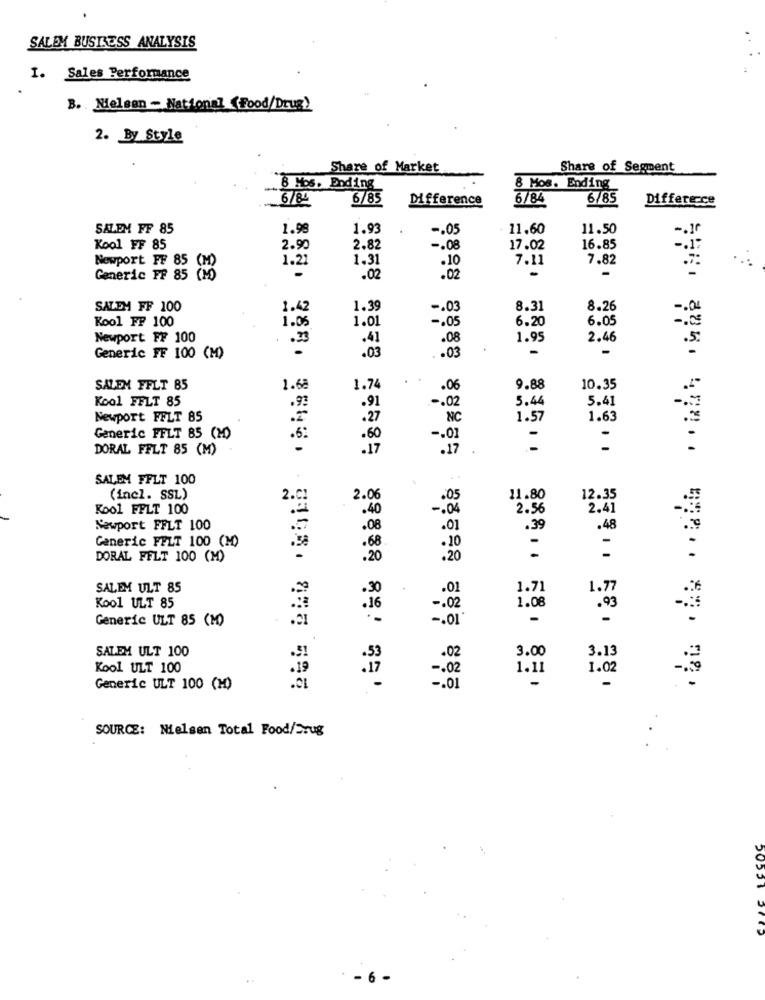
SALEM BUSINESS ANALYSIS
I. Sales Performance
B. Nielsen - National (Food/Drug)
2. By Style
Share of Market
Share of Segment
8 Mos. Ending
8 Mos. Ending
6/84
6/85
Difference
6/84
6/85
Difference
SALEM FF 85
1.99
1.93
-. 05
11,60
11.50
Kool FF 85
2.90
2.82
-. 08
17.02
16.85
1.21
1.31
.10
7.11
7.82
Newport FF 85
Generic PP 85 Co
.02
.02
-
SALEM FF 100
1.42
1.39
-. 03
8.31
8.26
Kool FP 100
1.01
6.20
6.05
1.05
-. 05
Newport FF 100
.23
.08
1.95
2.46
-
Generic FF 100 (M)
. . 03
SALEM FFLT 85
1.68
1.74
.06
9.88
10.35
Kool FFLT 85
.91
5.44
5.41
-. 02
Newport FFLT 85
.27
NC
1.57
1.63
Generic FFLT 85 (M)
.61
- . 0]
-
DORAL FELT 85 (M)
.17
SALEM FFLT 100
(incl. SSL)
2.0
2.06
.05
11.80
12.35
Kool FFLT 100
-. 04
2.56
2.41
Newport FFLT 100
.01
.39
.48
Generic FELT 100 (M)
. 10
-
DORAL FELT 100 (M)
.20
-
SALEM ULT 85
.30
1.71
1.77
1.08
Kool ULT 85
- . 02
.93
Generic ULT 85 (M)
-
-
.21
-. 01
3.00
3.13
SALEM ULT 100
.5!
.02
Kool ULT 100
-. 02
1.11
1.02
-
Generic ULT 100 (M)
.CI
-. 01
SOURCE: Nielsen Total Food/Srug
. - 6 -